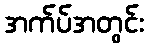
အက်ပ်အတွင်း